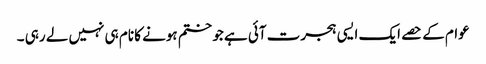
عوام کے حصے ایک ایسی ہجرت آئی ہے جو ختم ہونے کا نام ہی نہیں لے رہی ۔